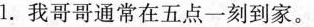
1. 我哥哥通常在五点一刻到家.